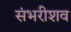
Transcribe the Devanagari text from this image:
संभरीशव